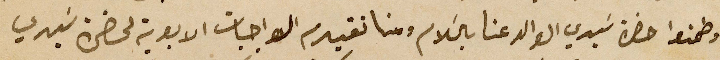
وطمنوا حضرة سَيدي الوالد عنا بالسَلام ومنا تقديم الواجبات الابوية لحضرة سَيدي